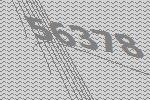
56378